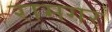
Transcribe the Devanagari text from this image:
रामगर